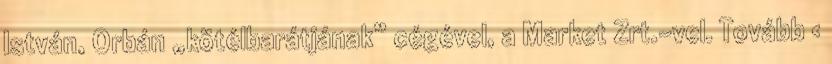
István, Orbán „kötélbarátjának” cégével, a Market Zrt.-vel. Tovább ›